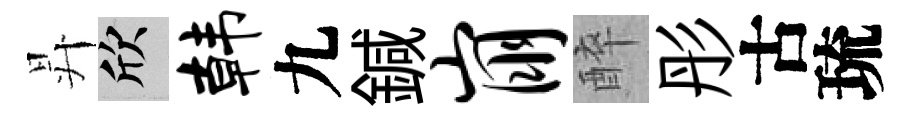
昇欣韩九鍼崩醉彤古琉